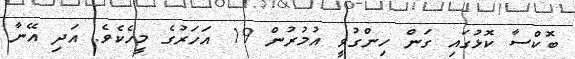
ބޮކްސާ ކޮޅުގައި ގަން ހިންގުވީ އުމުރުން 19 އަހަރުގެ މީހެކެވެ. އަދި އޭނާ